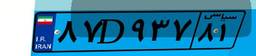
۸۷D۹۳۷۸۱